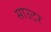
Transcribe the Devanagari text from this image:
साउटर